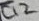
Text: C12